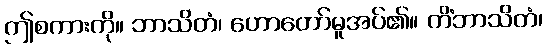
ဤစကားကို။ ဘာသိတံ၊ ဟောတော်မူအပ်၏။ ကိံဘာသိတံ၊